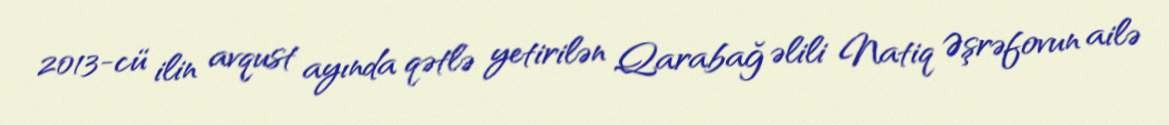
2013-cü ilin avqust ayında qətlə yetirilən Qarabağ əlili Natiq Əşrəfovun ailə